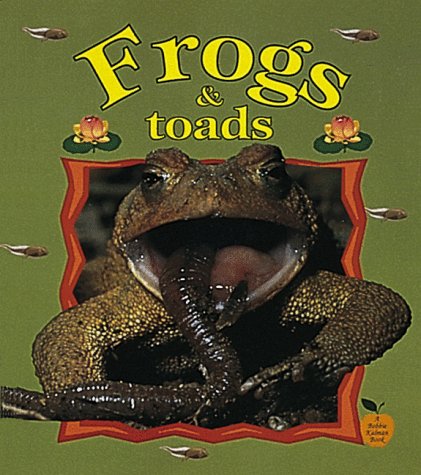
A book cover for Frogs & Toads (Crabapples); Bobbie Kalman; Children's Books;